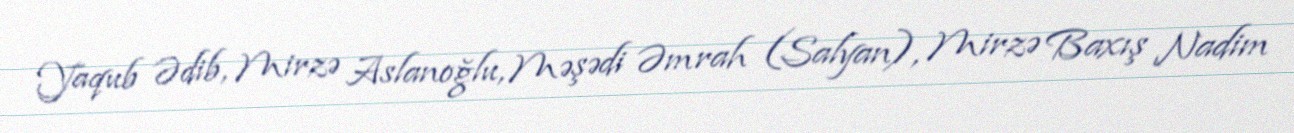
Yaqub Ədib, Mirzə Aslanoğlu, Məşədi Əmrah (Salyan), Mirzə Baxış Nadim